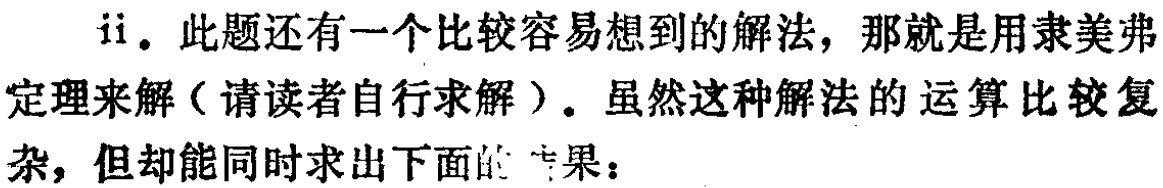
ii. 此题还有一个比较容易想到的解法，那就是用隶美弗定理来解（请读者自行求解）。虽然这种解法的运算比较复杂，但却能同时求出下面的 果：